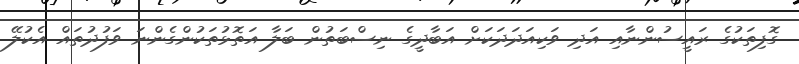
ގޮފިތަކުގެ ރައީސުންނާއި އަދި ވަކިއަދަދަކަށް އަބާދީގެ ނިސްބަތުން ބަލާ އަތޮޅުތަކުންގެންނަ ވަފުދުތައް އެކުލޭ